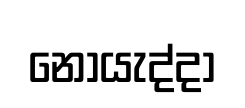
නොයැද්දා